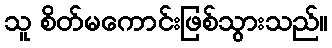
သူ စိတ်မကောင်းဖြစ်သွားသည်။